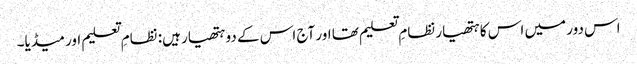
اس دور میں اس کا ہتھیار نظامِ تعلیم تھا اور آج اس کے دو ہتھیار ہیں: نظامِ تعلیم اور میڈیا۔